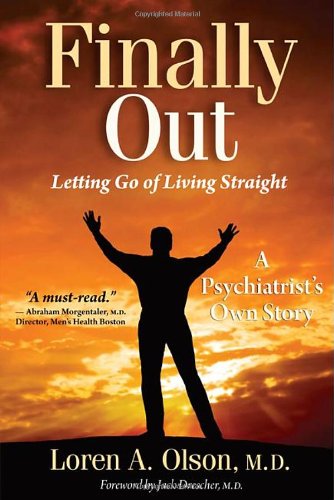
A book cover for Finally Out: Letting Go of Living Straight, A Psychiatrist's Own Story; Loren A. Olson M.D.; Gay & Lesbian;